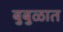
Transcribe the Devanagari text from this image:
बुबुळात